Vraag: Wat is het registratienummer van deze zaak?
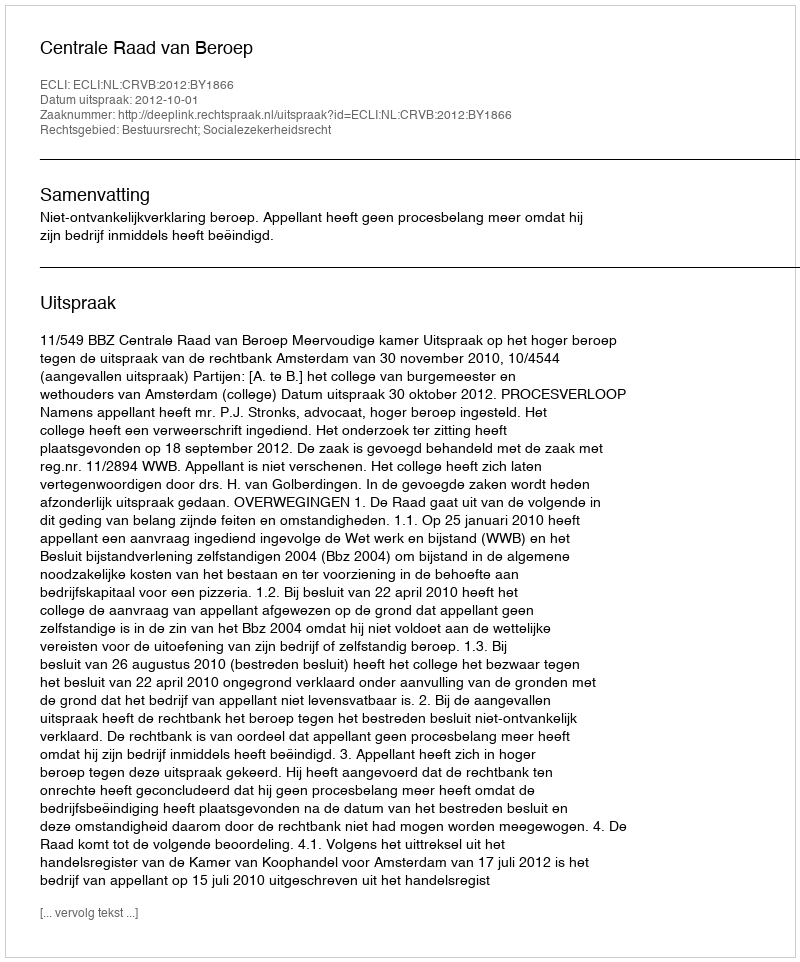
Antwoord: http://deeplink.rechtspraak.nl/uitspraak?id=ECLI:NL:CRVB:2012:BY1866